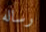
رساله